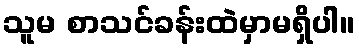
သူမ စာသင်ခန်းထဲမှာမရှိပါ။